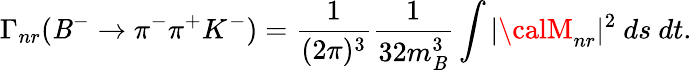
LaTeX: \Gamma_{nr}(\mathit{B}^{-}\to\pi^{-}\pi^{+}K^{-})=\frac{{1}}{{(2\pi)^{3}}}\frac{{1}}{{32m_{\mathit{B}}^{3}}}\int|{\calM}_{nr}|^{2}~ds~dt.